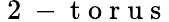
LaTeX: {\mathrm{~2~-~t~o~r~u~s~}}